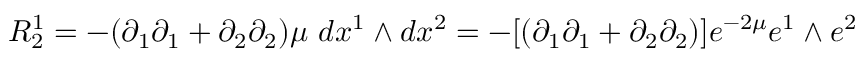
R _ { 2 } ^ { 1 } = - ( \partial _ { 1 } \partial _ { 1 } + \partial _ { 2 } \partial _ { 2 } ) \mu ~ d x ^ { 1 } \wedge d x ^ { 2 } = - [ ( \partial _ { 1 } \partial _ { 1 } + \partial _ { 2 } \partial _ { 2 } ) ] e ^ { - 2 \mu } e ^ { 1 } \wedge e ^ { 2 }